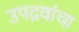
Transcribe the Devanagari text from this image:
उपद्रवांचा